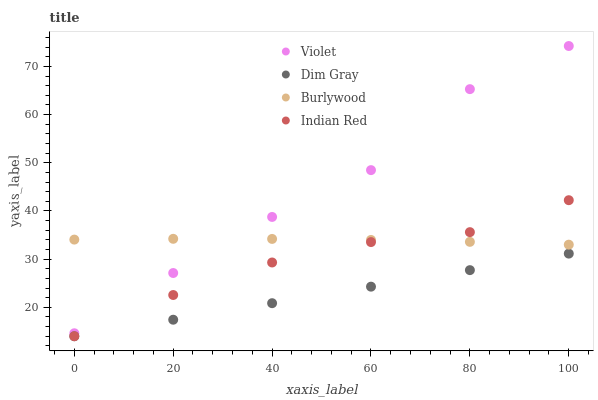
| xaxis_label | Violet | Dim Gray | Burlywood | Indian Red |
 | --- | --- | --- | --- | --- |
 | 0 | 14.6 | 14 | 34.1 | 14 |
 | 20 | 27.1 | 17.4 | 34.2 | 22.6 |
 | 40 | 38.8 | 20.9 | 34.2 | 29.3 |
 | 60 | 48.5 | 24.3 | 34 | 33.5 |
 | 80 | 65.3 | 27.7 | 33.6 | 35.6 |
 | 100 | 74.2 | 31.2 | 33 | 42.2 |